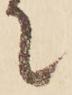
に